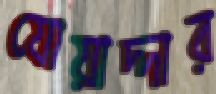
যোয়াদ্দার